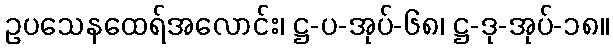
ဥပသေနထေရ်အလောင်း၊ ဋ္ဌ-ပ-အုပ်-၆၈၊ ဋ္ဌ-ဒု-အုပ်-၁၈။